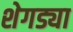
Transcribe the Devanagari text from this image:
शेगड्या